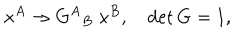
x ^ { A } \rightarrow { G ^ { A } } _ { B } \; x ^ { B } , \quad \det G = 1 ,